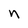
Character: n